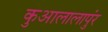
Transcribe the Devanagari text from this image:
कुआलालापुंर